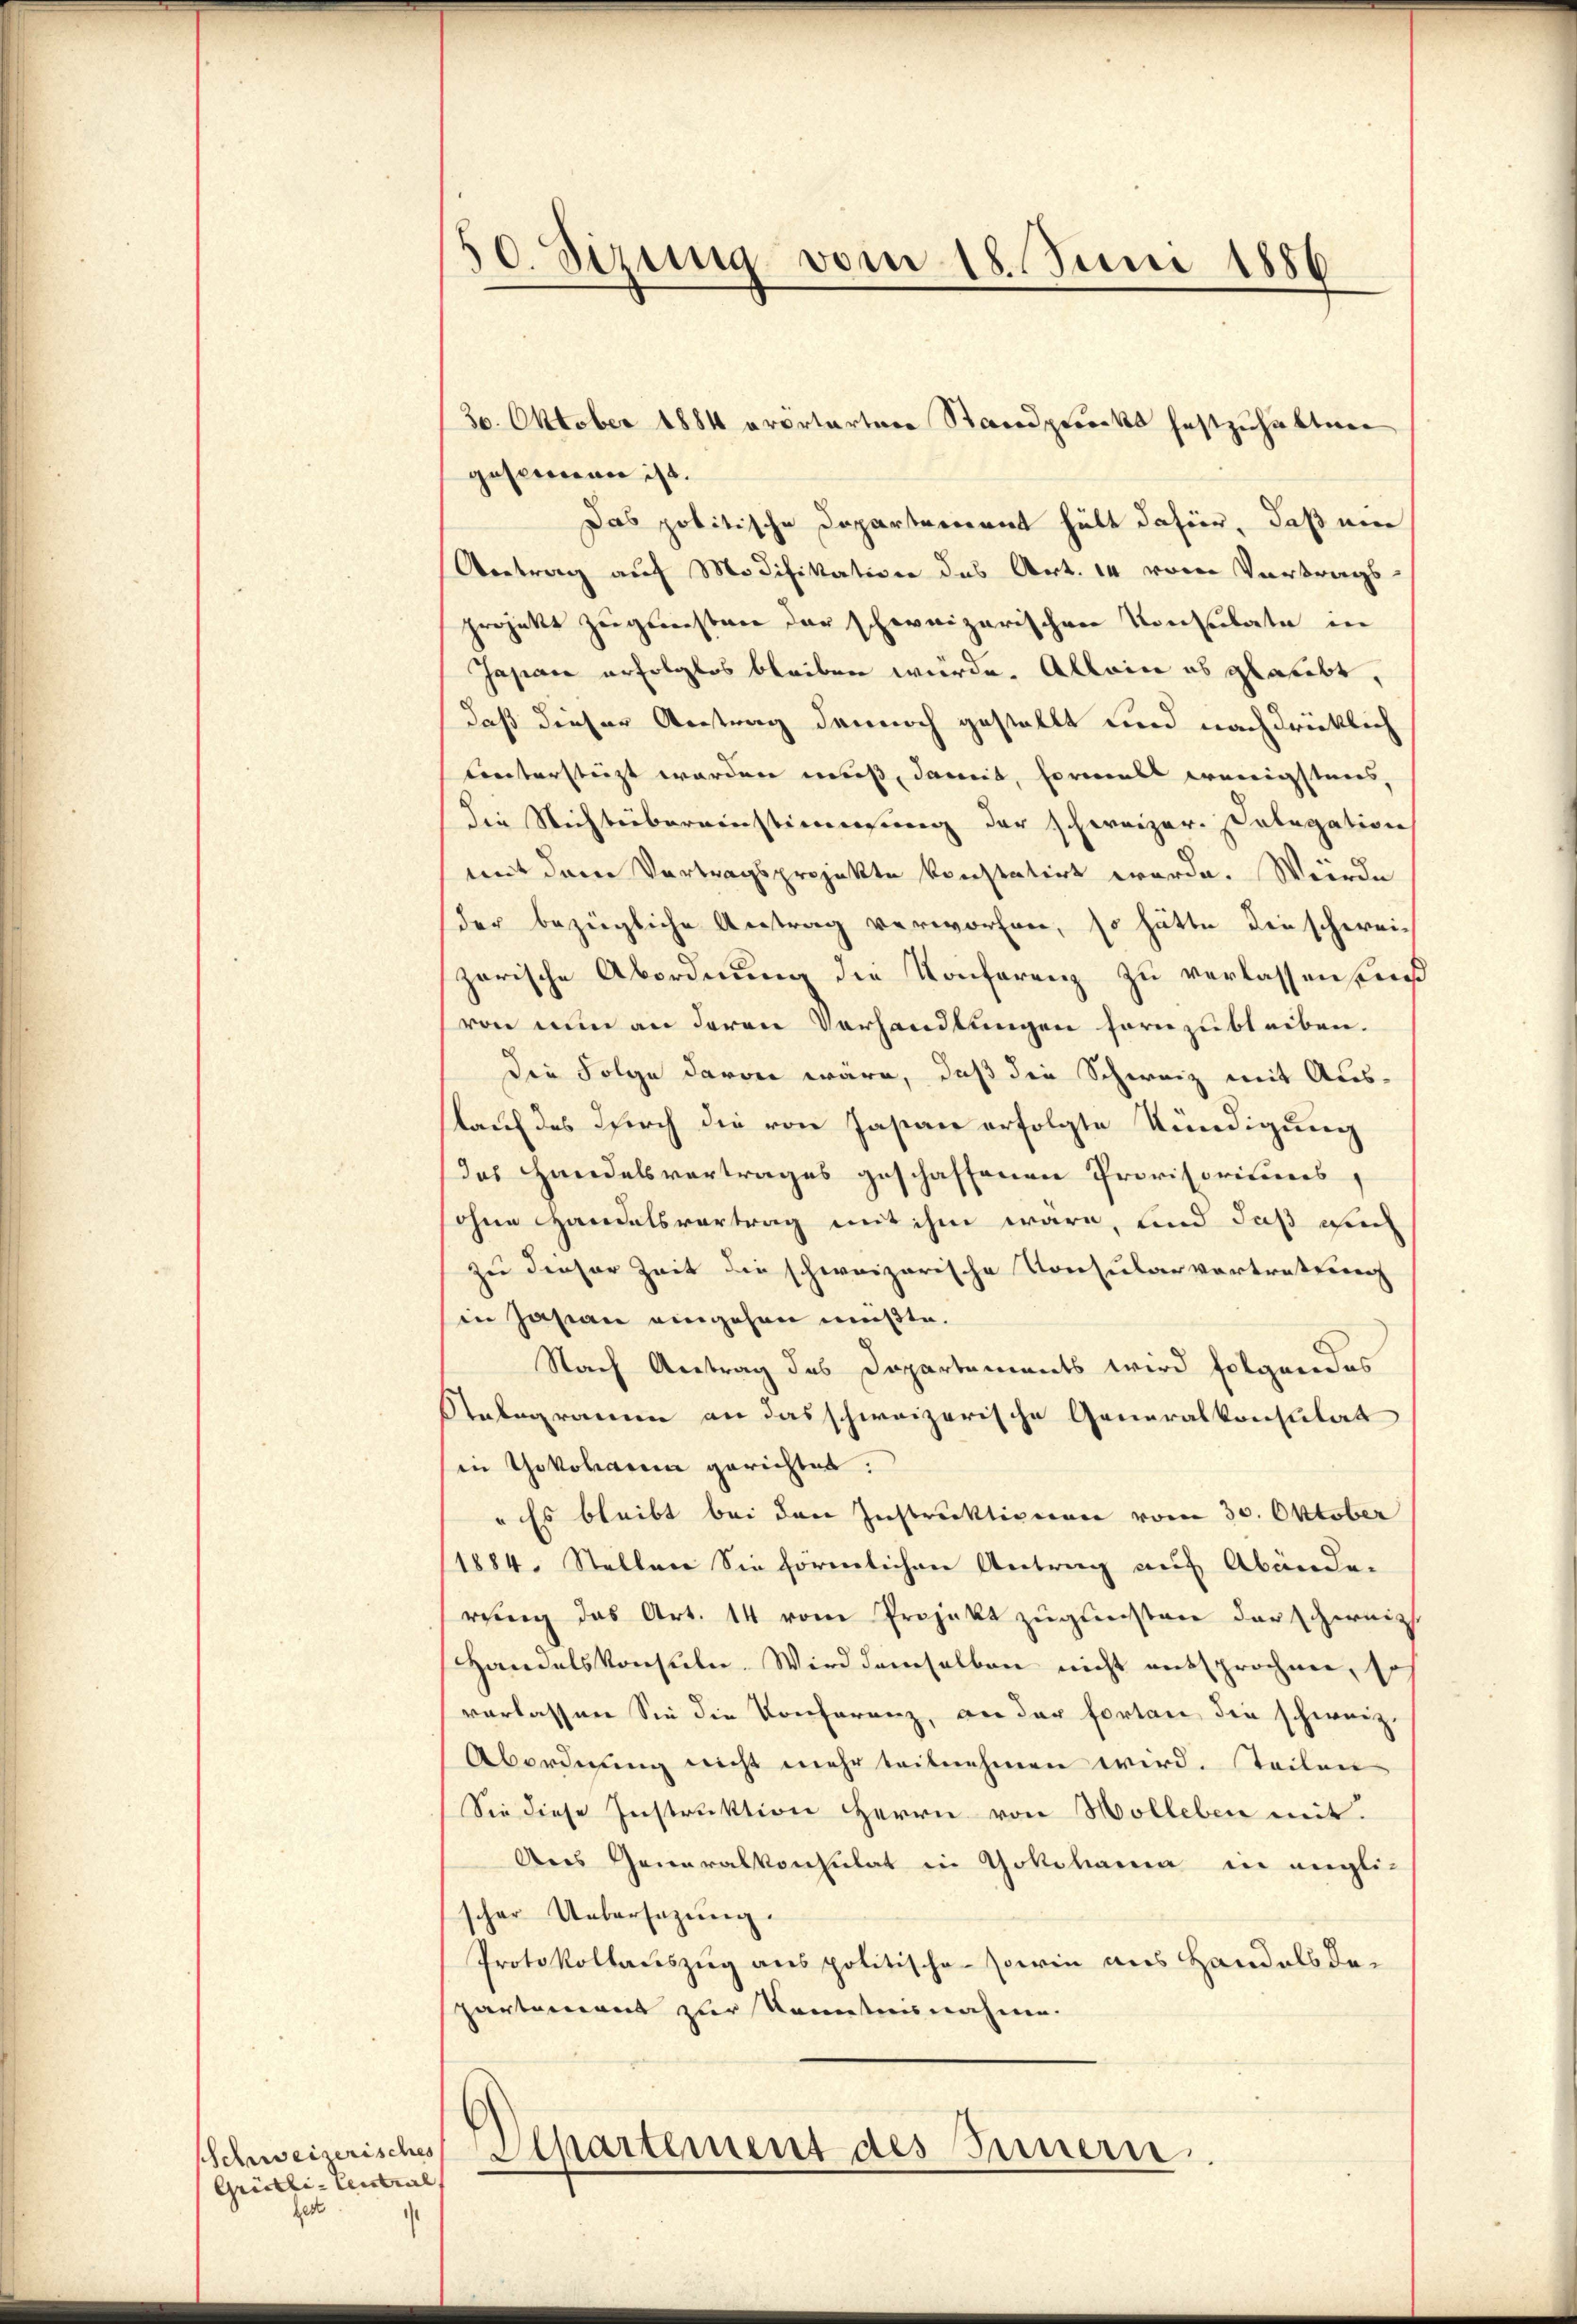
Schweizerisches
Grietli- Central
fest

30. Sizung vom 18. Juni 1886

gesammener ist.
Das politische Departerrent hält dahier, daß ei
Vertrag auf Modifikation des Art. 14 vom Vortrags
projekt zugesten der schweizerischen Konsulate in
Japane erfolglos bleiben würde. Allein es glaubt,
daß dieser Antrag dennoch gestellt und nachdrücklich
unterstüzt worden muß, damit, formals wenigstens,
die Nichtsbereinstimmung der schweizer. Dabegation
mit dem Vortragsprojekte konstatirt werde. Werde
der bezügliche Antrag verworfen, so hätte die schweizerische Abordnung die Konferenz zu verlassen und
von nun an deren Verhandlungen fern zu bleiben.
die Folge davon wäre, daß die Schweiz mit Aus-
kauf des durch die von Jasane erfolgte Kündigung
das Handelsvertrages geschaffenen Provisorisiers
ohne Handelsvortrag mit ihm wäre, und daß auch
zu dieser Zeit die schweizerische Konsularvertretung
in Jasian eingehen müßte.
Nach Antrag des Departements wird folgendes
Rabegramm an das schweizerische Generalkonsulat
in Yokoharin gerichtet:
" Es bleibt bei den Instruktionen vom 30. Oktober
1884. Stellen Sie förmlichen Antrag auf Abände.
rung das Art. 14 vom Projekt zugunsten der gereiz
Handelskonsule. Wird demselben nicht entsprochnen, so
verlassen Sie die Konferenz, an der fortan die schweiz.
Abordnung nicht mehr teilnehmen wird. Steilen
Sie diese Instruktion Herrn von Wolleben mit
dres Generalkonsulat in Yokohama in engli-
scher Uebersezung.
Protokollauszug aus politische sowie aus Handels dapartement zur Kenntnisnahme.

30. Oktober 1884 ovortärtere Standpruecks festzuhalten

Aepartement des Innern.